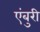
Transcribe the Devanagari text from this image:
एंबुरी